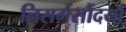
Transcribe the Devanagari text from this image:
निसर्गसौंदर्या